Vaccination returns of the Province of Eastern Bengal and Assam - 1905-1912
Year: 1905
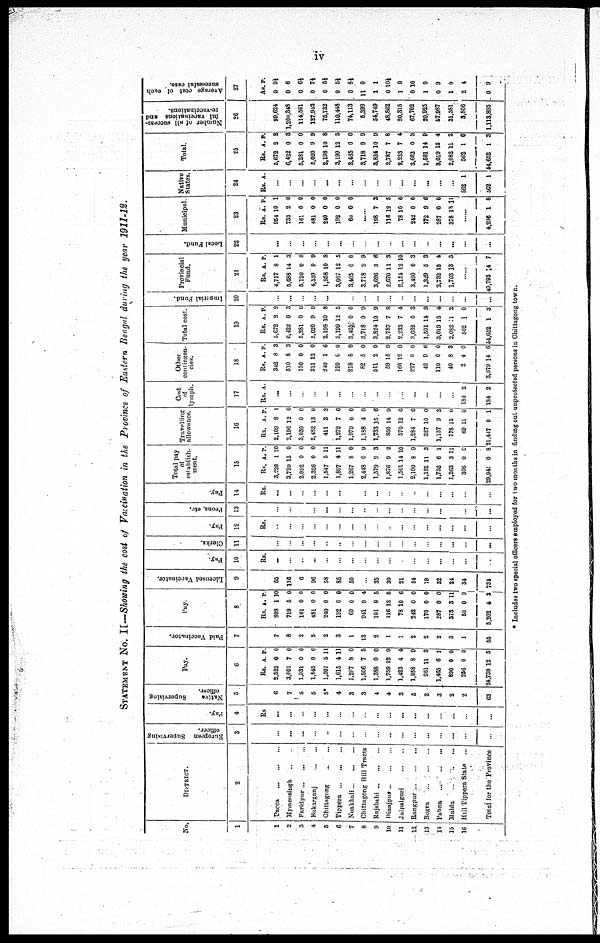
iv
STATEMENT NO. II—Showing the cost of Vaccination in the Province of Eastern Bengal during the year 1911-12.
No.
1
1
2
3
4
5
6
7
8
9
10
11
12
13
11
15
16
DISTRICT.
2
Dacca
...
...
...
Mymensingh ... ...
Faridpur ... ...
Bakarganj ... ...
Chittngong ... ...
Tippera ... ... ...
Noakhali ... ... ...
Chittagong Hill Tracts
Rajshahi ... ... ...
Dinajpur
...
...
Jalpaiguri
...
...
Rangpur ... ... ...
Bogra
...
...
...
Pabna
...
...
...
Malda
...
...
...
Hill Tippera State ...
Total for the Province
European Supervising
officer.
3
...
...
...
...
...
...
...
...
...
...
...
...
...
...
...
...
...
Pay.
4
Rs
...
...
...
...
...
...
..
...
...
...
...
...
...
...
...
..
...
N ative Supervising
officer.
5
6
7
5
5
5*
4
3
3
4
4
3
5
2
3
2
2
63
Pay.
6
Rs.
2,322
3,001
1,931
1,845
1,307
1,615
1,207
1,500
1,388
1,759
1,423
1,858
961
1,465
890
256
24,738
A.
0
7
0
0
5
4
8
7
0
12
4
8
11
6
0
0
12
P.
0
0
0
0
11
11
0
5
0
9
4
9
3
1
0
0
5
Paid Vaccinator.
7
7
8
2
5
2
3
1
13
2
1
1
2
2
2
3
1
55
Pay.
8
Rs.
898
719
161
481
240
192
60
941
191
116
78
242
170
287
373
50
5,202
A.
1
5
0
0
0
0
0
9
9
12
10
0
0
0
3
0
4
P
10
0
0
0
0
0
0
4
0
5
6
0
0
0
11
0
3
Licensed Vaccinator.
9
65
116
6
96
58
85
50
...
35
39
21
54
19
32
24
34
731
Pay.
10
Rs.
...
...
..
...
...
...
...
...
...
...
...
...
...
...
...
...
...
Clerks.
11
...
...
..
...
...
...
...
...
...
...
...
...
...
...
...
...
...
Pay.
12
Rs.
...
...
...
...
...
...
...
...
...
...
...
...
...
...
...
...
...
Peons, etc.
13
...
...
...
...
...
...
...
...
...
...
...
...
...
...
...
...
...
Pay.
14
Rs.
...
...
...
...
...
...
...
...
...
...
...
...
...
...
...
...
...
Total pay
of
establish-
ment.
15
Rs.
3,220
3,720
2,092
2,326
1,547
1,807
1,267
2,448
1,579
1,876
1,501
2,100
1,131
1,752
1,263
306
29,941
A.
1
12
0
0
5
4
8
0
9
9
14
8
11
6
3
0
0
P.
10
0
0
0
11
11
0
9
8
2
10
9
3
1
11
0
8
Travelling
allowance.
16
Rs.
2,109
2,190
3,039
2,482
411
1,272
1,979
1,188
1,733
850
570
1,284
327
1,157
778
69
21,447
A.
8
12
0
13
3
7
0
4
15
14
12
7
10
9
15
11
0
P.
1
0
0
9
3
6
0
0
6
9
6
6
0
3
0
0
1
Cost
of
lymph.
17
Rs. A.
...
...
...
...
...
...
...
...
...
...
...
...
...
...
...
184
184
2
2
Other
contingen-
cies.
18
Rs.
342
510
150
211
240
120
218
82
511
59
160
227
42
110
40
2
3,079
A.
8
8
0
12
1
6
8
5
2
15
12
0
9
0
8
4
14
P.
3
3
0
0
6
0
0
0
0
9
0
0
6
0
3
0
6
Total cost.
19
Rs.
5,672
6,422
5,281
5,020
2,198
3,199
3,460
3,718
3,824
2,787
2,233
3,662
1,501
3,019
2,082
562
54,652
A.
2
0
0
9
10
12
0
9
10
7
7
0
14
15
11
1
1
P.
2
3
0
9
8
5
0
9
9
8
4
3
9
4
2
0
3
Imperial Fund.
20
...
...
...
...
...
...
...
...
...
...
...
...
...
...
...
...
...
Provincial
Fund.
21
Rs.
4,717
5,688
5,120
4,539
1,958
3,007
3,405
3,718
3,626
2,670
3,154
3,420
1,329
2,732
1,703
A.
8
14
0
9
10
12
0
9
3
11
12
0
5
15
13
P.
1
3
0
9
8
5
0
9
6
3
10
3
3
4
3
......
49,793 14 7
Local Fund.
22
...
...
...
...
...
...
...
...
...
...
...
...
...
...
...
...
...
Municipal.
23
Rs.
954
733
161
481
240
192
60
A.
10
2
0
0
0
0
0
P.
1
0
0
0
0
0
0
......
198
116
78
242
172
287
378
7
12
10
0
9
0
13
3
5
6
0
6
0
11
......
4,296 1 8
Native
States.
24
Rs. A.
...
...
...
...
...
...
...
...
...
...
...
...
...
...
...
562
562
1
1
Total.
25
Rs.
5,672
6,422
5,281
5,020
2,198
3,199
3,465
3,718
3,824
2,787
2,233
3,662
1,501
3,019
2,082
562
54,652
A.
2
0
0
9
10
12
0
9
10
7
7
0
14
15
11
1
1
P.
2
3
0
9
8
5
0
9
9
8
4
3
9
4
2
0
3
Number of all success-
ful vaccinations and
re-vaccinations.
26
99,624
1,200,348
114,561
127,943
75,732
110,448
74,118
5,399
54,749
48,862
20,315
67,702
20,925
57,987
31,381
3,806
1,113,895
Average cost of each
successful case.
27
As.
0
0
0
0
0
0
0
11
1
0
1
0
1
0
1
2
0
P.
9½
6
6½
7½
5½
5½
8½
0
1
10½
9
10
0
9
0
4
9
* Includes two special officers employed for two months in finding out unprotected persons in Chittagong town.